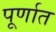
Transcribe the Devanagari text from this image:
पूर्णात